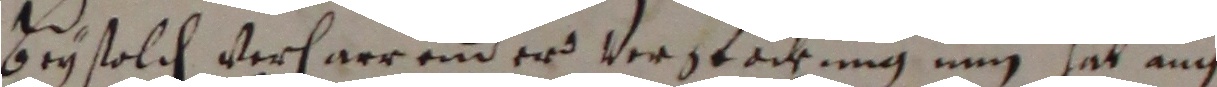
bey solch verfarrend er verstockung nun hat auch